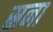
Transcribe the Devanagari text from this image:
स्रना